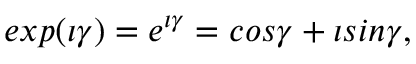
e x p ( \iota \gamma ) = e ^ { \iota \gamma } = c o s \gamma + \iota s i n \gamma ,